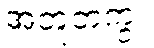
အတူတကွ။